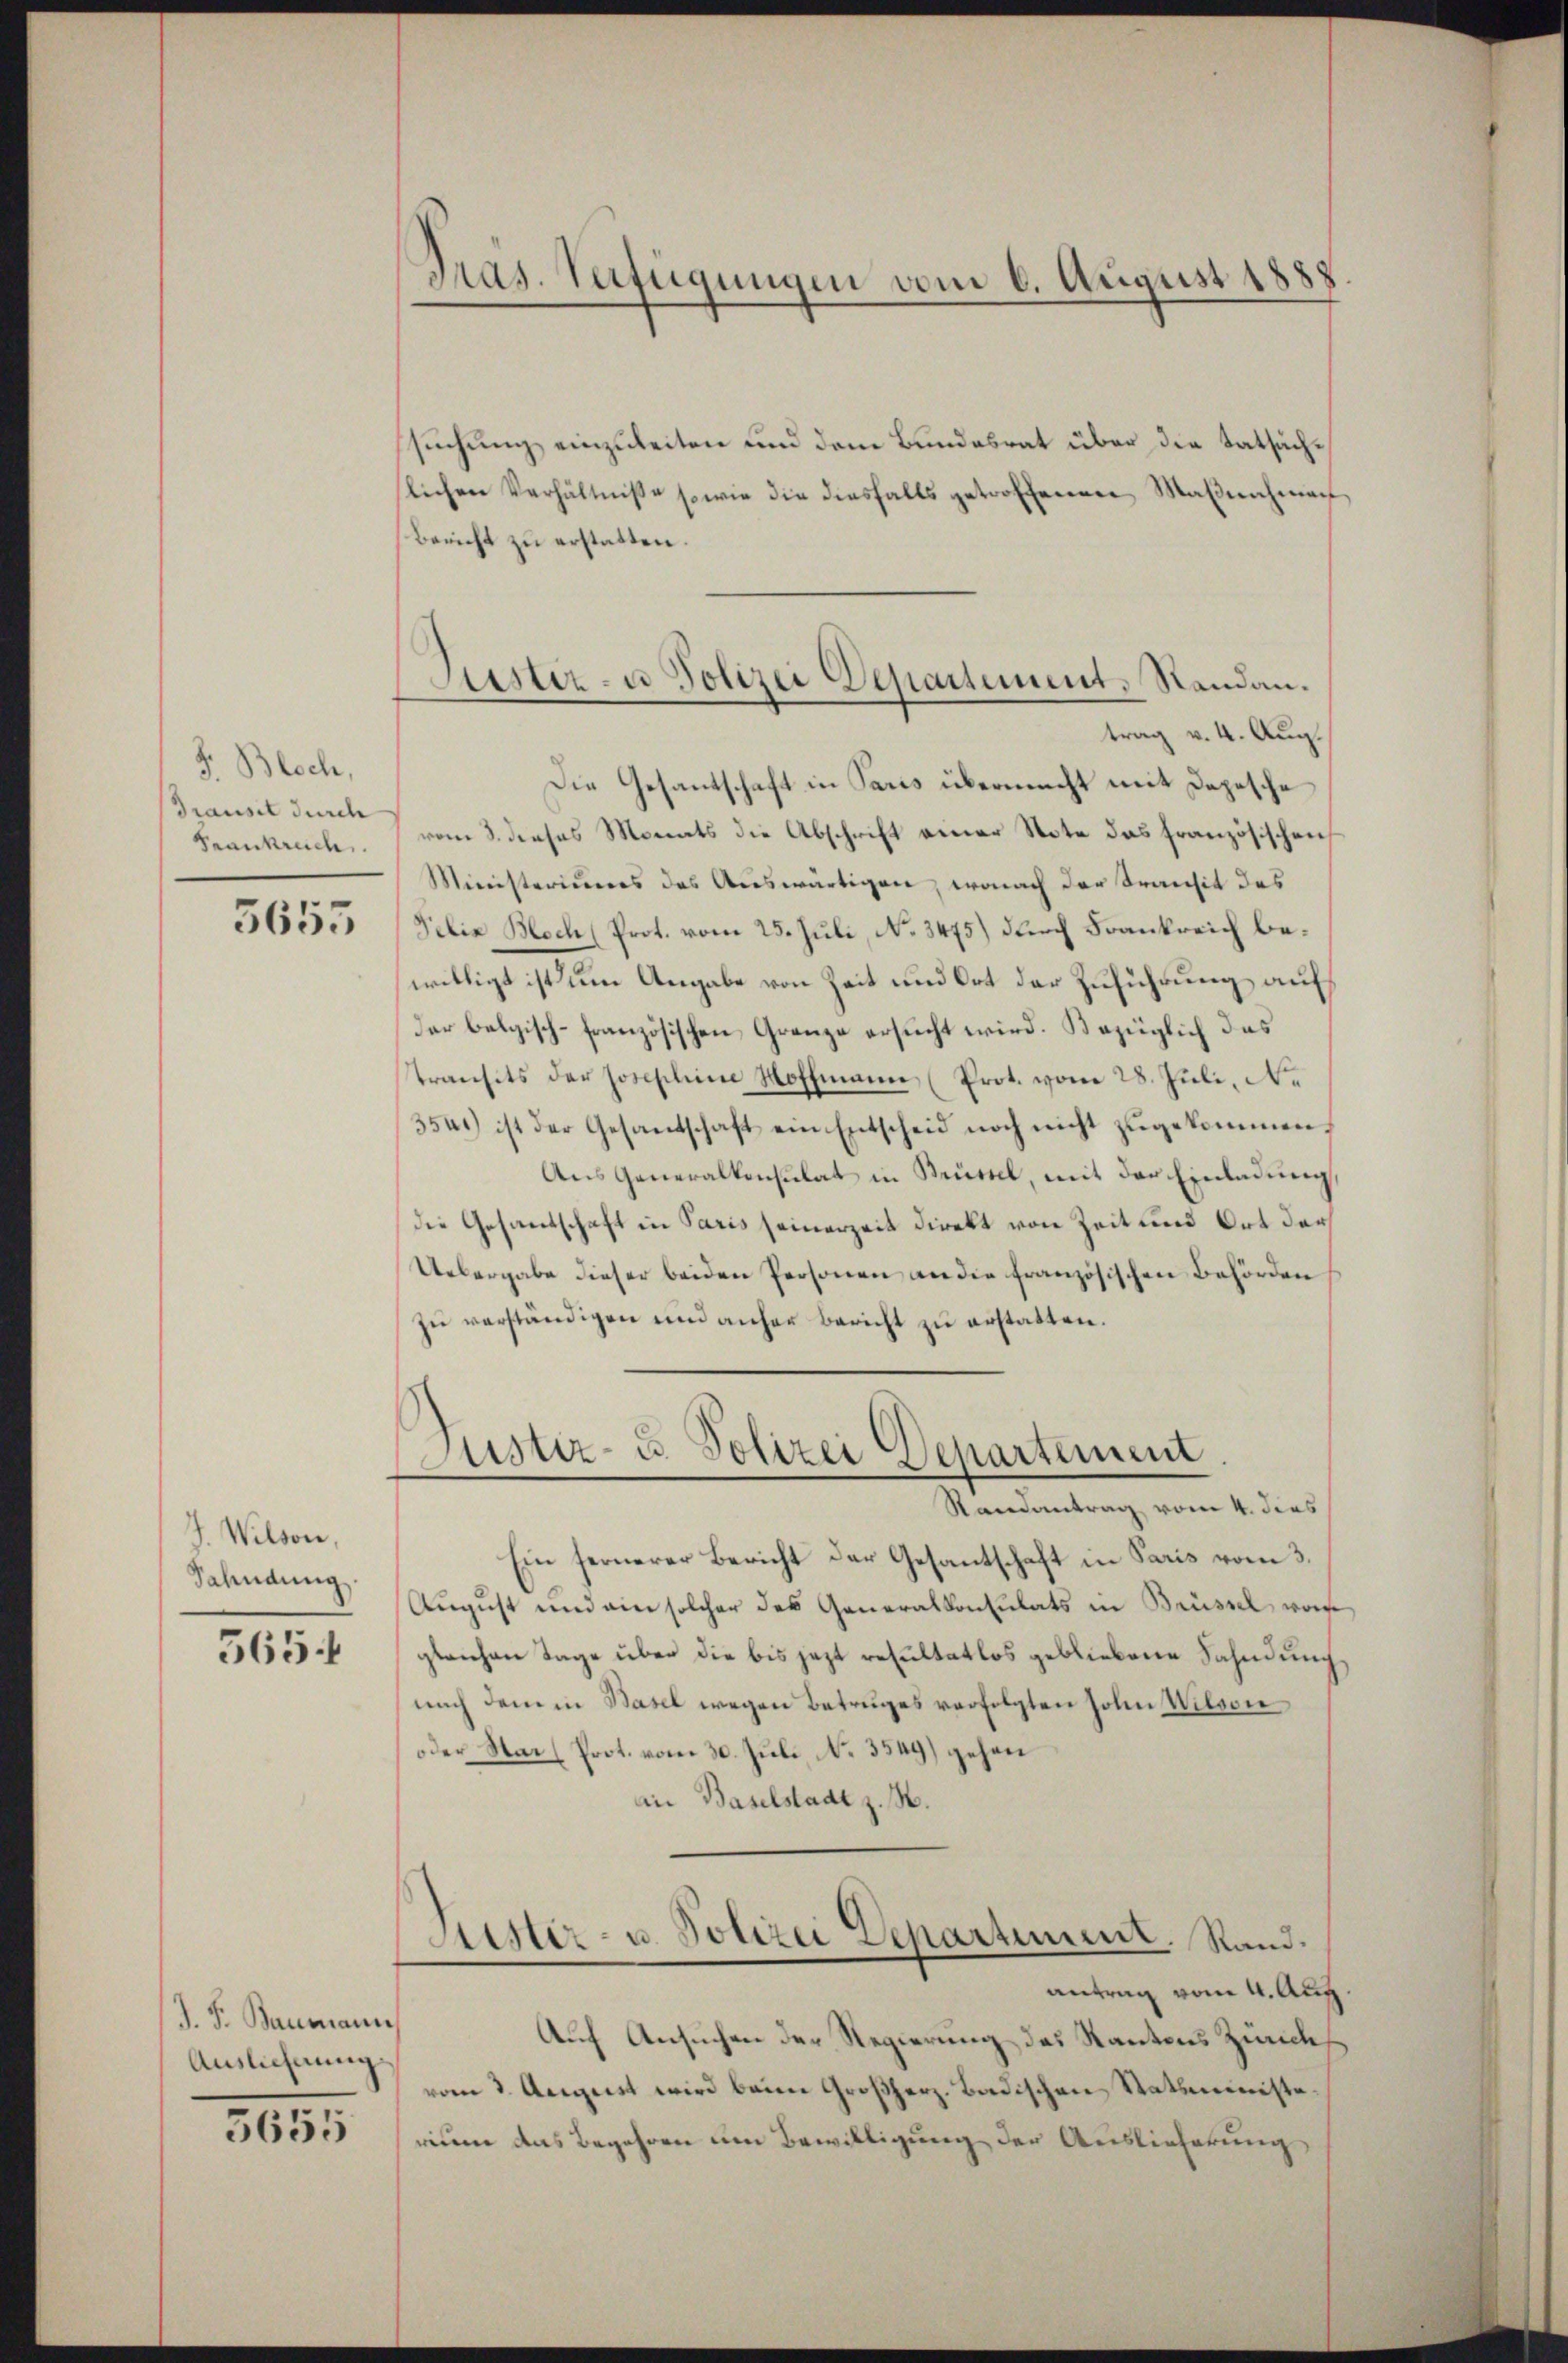
J. Bloch,
Transit durch
Frankreich

5655

J. Wilson,
Sahndung
565.

J. F. Baumann,
Ausliehnung

5655

Tras. Verfügungen vom 6. August 1888

Justiz- u Polizei Departement. Standau.

suchung einzuleiten und dem Bundesrat über die tatsächslichen Verhältnisse sowie die diesfalls getroffenen Maβnahmen
Bericht zu erstatten.
trag v. 4. Aug.
Die Gesantschaft in Paris übermacht mit Depesche
vom 8. dieses Monats die Abschrift einer Note das französischen
Ministeriums des Auswärtigen, wonach der Transit des
Felix Bloch (Prot. vom 25. Juli, No. 3475) durch Frankreich bewilligt ist um Angabe von Zeit und Ort der Zuführung auf
der belgisch-französischen Grenze ersucht wird. Bezüglich das
transits der Josephine Hoffmann (Prot. vom 28. Juli, N.
3541) ist der Gesandschaft ein Entscheid noch nicht zugekommen.
Aus Generalkonsulat in Strüstel, mit der Einladung
die Gesandschaft in Paris seinerzeit direkt von Zeit und Ort der
Uebergabe dieser beiden Personen an die französischen Behörden
zu verständigen und anher bericht zu erstatten.
ustiz- & Polizei Departement.
Randantrag vom 4. dies
Ein fernerer Bericht der Gesantschaft in Paris vom 3.
August und ein solcher das Generalkonsulats in Brüssel von
gleichen Tage über die bis jetzt resultatlos gebliebene Sahndung
nach dem in Basel wegen Betruges verfolgten Hohen Wilson
oder Nar Prot. vom 30. Juli No. 3549) gehen
an Baselstadt z. B.
Alster- u. Polizei Departement. Rand
antrag vom 4. Aug.
Auf Ansuchen der Regierung des Kantons Zürich
vom 3. August wird beim Großherz. Badischen Statsministe
rium das Begehren um Bewilligung der Auslieferung